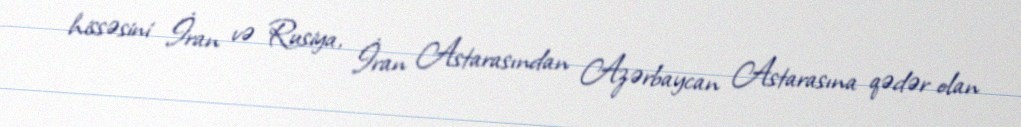
hissəsini İran və Rusiya, İran Astarasından Azərbaycan Astarasına qədər olan